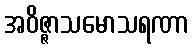
အဝိဇ္ဇာသမောသရဏာ